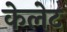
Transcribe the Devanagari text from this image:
केलेट